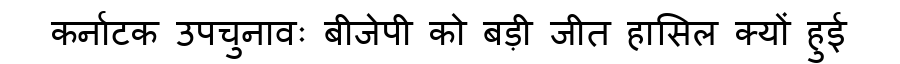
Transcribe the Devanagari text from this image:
कर्नाटक उपचुनावः बीजेपी को बड़ी जीत हासिल क्यों हुई